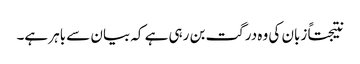
نتیجتاً زبان کی وہ درگت بن رہی ہے کہ بیان سے باہر ہے۔